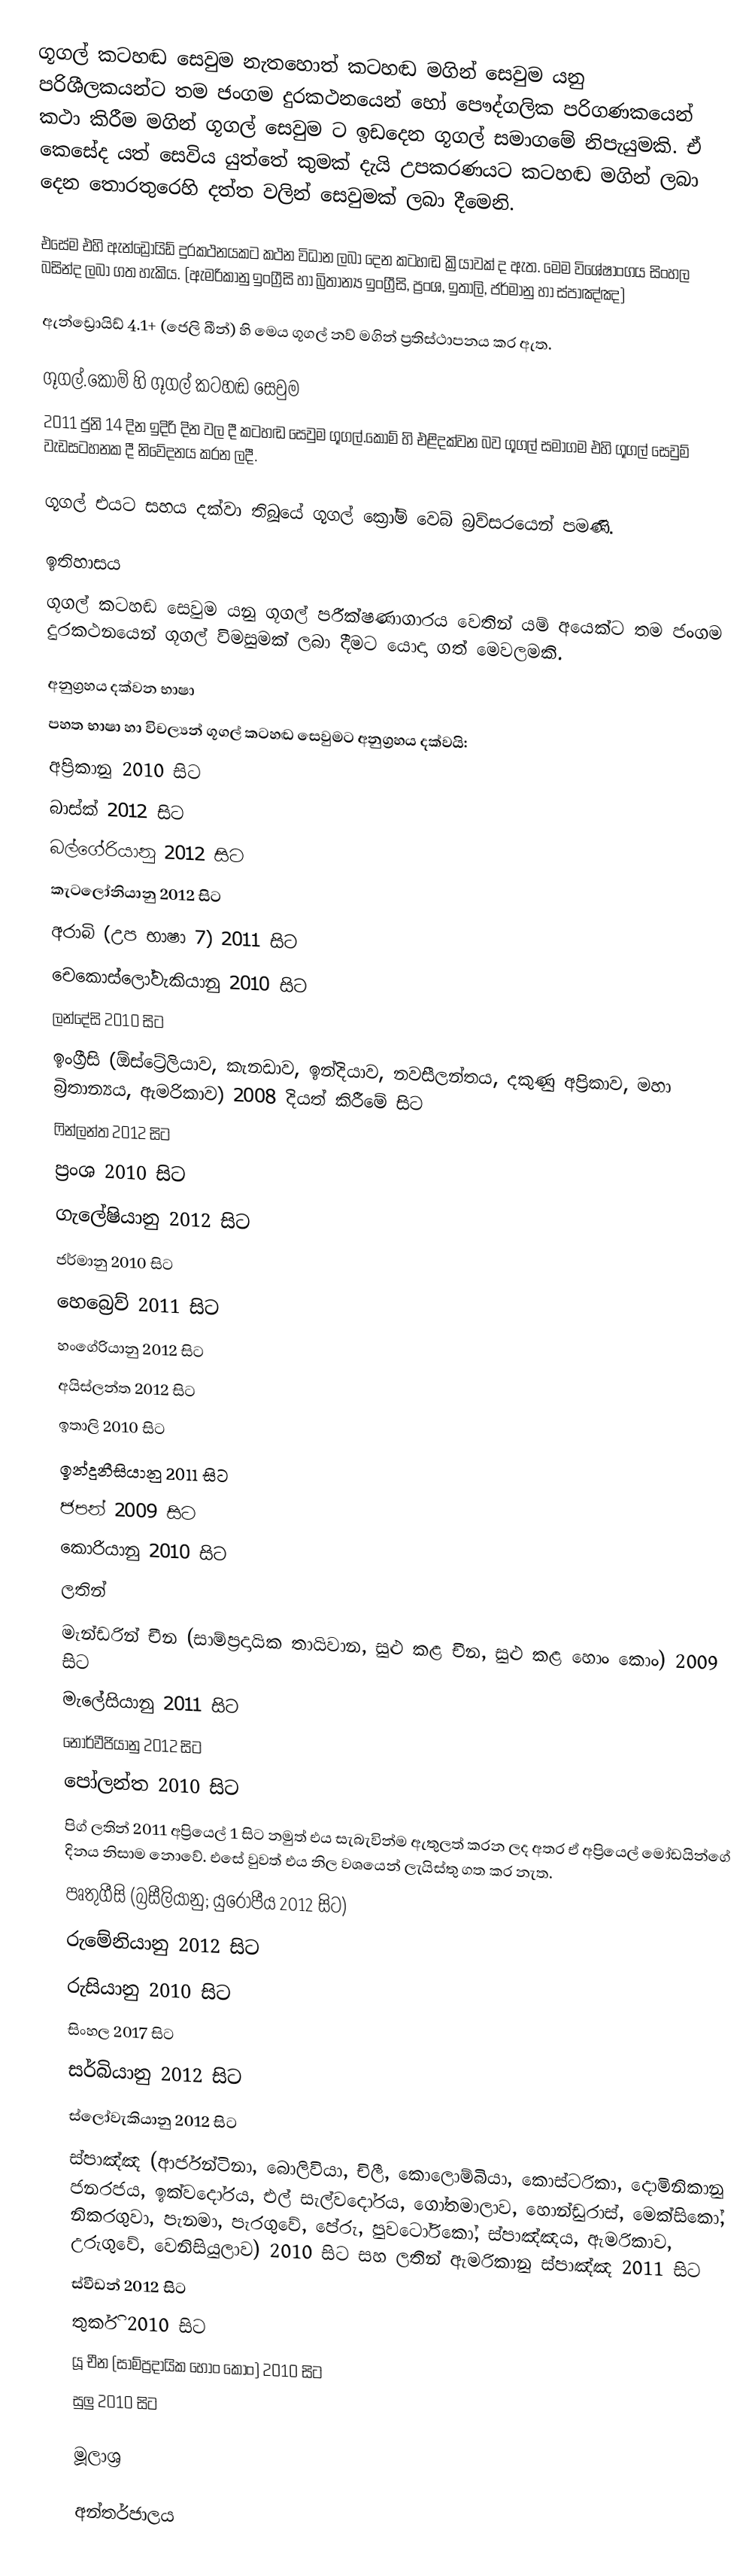
ගූගල් කටහඬ සෙවුම නැතහොත් කටහඬ මගින් සෙවුම යනු පරිශීලකයන්ට තම ජංගම දුරකථනයෙන් හෝ පෞද්ගලික පරිගණකයෙන් කථා කිරීම මගින් ගූගල් සෙවුම ට ඉඩදෙන ගූගල් සමාගමේ නිපැයුමකි. ඒ කෙසේද යත් සෙවිය යුත්තේ කුමක් දැයි උපකරණයට කටහඬ මගින් ලබා දෙන තොරතුරෙහි දත්ත වලින් සෙවුමක් ලබා දීමෙනි.

එසේම එහි ඇන්ඩ්‍රොයිඩ් දුරකථනයකට කථන විධාන ලබා දෙන කටහඬ ක්‍රියාවක් ද ඇත. මෙම විශේෂාංගය සිංහල බසින්ද ලබා ගත හැකිය. (ඇමරිකානු ඉංග්‍රීසි හා බ්‍රිතාන්‍ය ඉංග්‍රීසි, ප්‍රංශ, ඉතාලි, ජර්මානු හා ස්පාඤ්ඤ)

ඇන්ඩ්‍රොයිඩ් 4.1+ (ජෙලි බීන්) හි මෙය ගූගල් නව් මගින් ප්‍රතිස්ථාපනය කර ඇත.

ගූගල්.කොම් හි ගූගල් කටහඬ සෙවුම
2011 ජුනි 14 දින ඉදිරි දින වල දී කටහඬ සෙවුම ගූගල්.කොම් හි එළිදක්වන බව ගූගල් සමාගම එහි ගූගල් සෙවුම් වැඩසටහනක දී නිවේදනය කරන ලදී.

ගූගල් එයට සහය දක්වා තිබූයේ ගූගල් ක්‍රෝම් වෙබ් බ්‍රව්සරයෙන් පමණි.

ඉතිහාසය
ගූගල් කටහඬ සෙවුම යනු ගූගල් පරීක්ෂණාගාරය වෙතින් යම් අයෙක්ට තම ජංගම දුරකථනයෙන් ගූගල් විමසුමක් ලබා දීමට යොදා ගත් මෙවලමකි.

අනුග්‍රහය දක්වන භාෂා
පහත භාෂා හා විචල්‍යන් ගූගල් කටහඬ සෙවුමට අනුග්‍රහය දක්වයි:
 අප්‍රිකානු 2010 සිට
 බාස්ක් 2012 සිට
 බල්ගේරියානු 2012 සිට
 කැටලෝනියානු 2012 සිට
 අරාබි (උප භාෂා 7) 2011 සිට
 චෙකොස්ලෝවැකියානු 2010 සිට
 ලන්දේසි 2010 සිට
 ඉංග්‍රීසි (ඕස්ට්‍රේලියාව, කැනඩාව, ඉන්දියාව, නවසීලන්තය, දකුණු අප්‍රිකාව, මහා බ්‍රිතාන්‍යය, ඇමරිකාව) 2008 දියත් කිරීමේ සිට
 ෆින්ලන්ත 2012 සිට
 ප්‍රංශ 2010 සිට
 ගැලේෂියානු 2012 සිට
 ජර්මානු 2010 සිට
 හෙබ්‍රෙව් 2011 සිට
 හංගේරියානු 2012 සිට
 අයිස්ලන්ත 2012 සිට
 ඉතාලි 2010 සිට
 ඉන්දුනීසියානු 2011 සිට
 ජපන් 2009 සිට
 කොරියානු 2010 සිට
 ලතින්
 මැන්ඩරින් චීන (සාම්ප්‍රදායික තායිවාන, සුළු කළ චීන, සුළු කළ හොං කොං) 2009 සිට
 මැලේසියානු 2011 සිට
 නෝර්වීජියානු 2012 සිට
 පෝලන්ත 2010 සිට
 පිග් ලතින් 2011 අප්‍රියෙල් 1 සිට නමුත් එය සැබැවින්ම ඇතුලත් කරන ලද අතර ඒ අප්‍රියෙල් මෝඩයින්ගේ දිනය නිසාම නොවේ. එසේ වුවත් එය නිල වශයෙන් ලැයිස්තු ගත කර නැත.
 පෘතුගීසි (බ්‍රසීලියානු; යුරෝපීය 2012 සිට)
 රුමේනියානු 2012 සිට
 රුසියානු 2010 සිට
 සිංහල 2017 සිට
 සර්බියානු 2012 සිට
 ස්ලෝවැකියානු 2012 සිට
 ස්පාඤ්ඤ (ආර්ජන්ටිනා, බොලිවියා, චිලී, කොලොම්බියා, කොස්ටරිකා, දොමිනිකානු ජනරජය, ඉක්වදෝරය, එල් සැල්වදෝරය, ගෝතමාලාව, හොන්ඩුරාස්, මෙක්සිකෝ, නිකරගුවා, පැනමා, පැරගුවේ, පේරු, පුවටෝරිකෝ, ස්පාඤ්ඤය, ඇමරිකාව, උරුගුවේ, වෙනිසියුලාව) 2010 සිට සහ ලතින් ඇමරිකානු ස්පාඤ්ඤ 2011 සිට
 ස්වීඩන් 2012 සිට
 තුර්කි 2010 සිට
 යූ චීන (සාම්ප්‍රදායික හොං කොං) 2010 සිට
 සුලු 2010 සිට

මූලාශ්‍ර

අන්තර්ජාලය